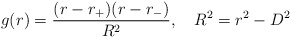
\begin{align*}g(r)={(r-r_+)(r-r_-) \over R^2}, \ \ \ R^2=r^2-D^2\end{align*}